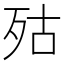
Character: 㱠